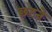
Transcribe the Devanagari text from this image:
छटने